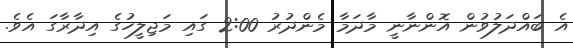
އެ ބައްދަލުވުން އޮންނާނީ މާދަމާ މެންދުރު 2:00 ގައި މަޖިލީހުގެ އިދާރާގަ އެވެ.